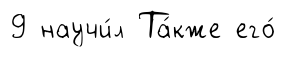
9 научи́л Та́кже его́